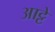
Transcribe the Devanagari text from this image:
आट्टे